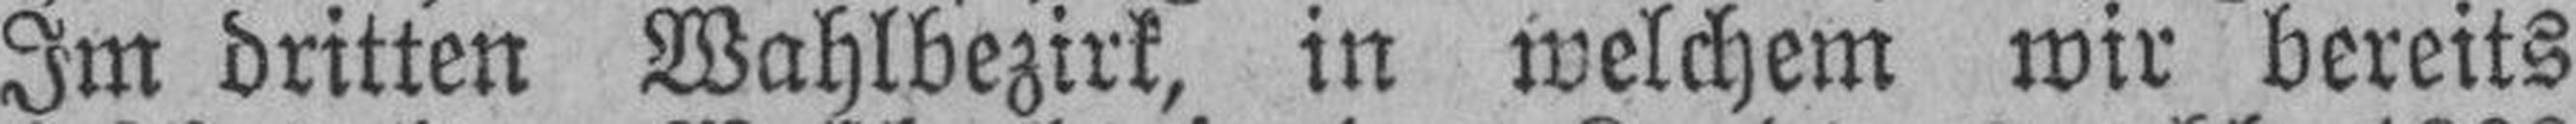
Im dritten Wahlbezirk, in welchem wir bereits